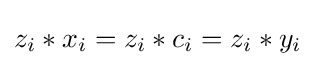
z_{i}*x_{i}=z_{i}*c_{i}=z_{i}*y_{i}